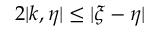
2 | k , \eta | \leq | \xi - \eta |